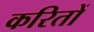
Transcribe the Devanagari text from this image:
करितों